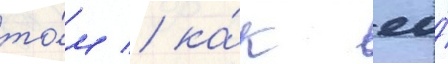
то́м / ка́к ео́